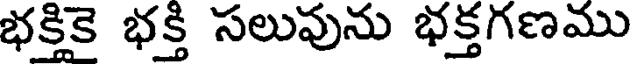
భక్తికై భక్తి సలువును భక్తగణము